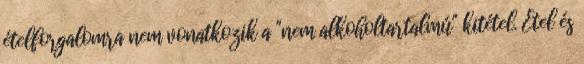
ételforgalomra nem vonatkozik a "nem alkoholtartalmú" kitétel. Étel és